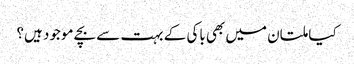
کیا ملتان میں بھی باکی کے بہت سے بچے موجود ہیں؟